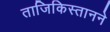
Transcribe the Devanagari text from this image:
ताजिकिस्तानने